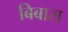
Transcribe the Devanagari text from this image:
बिबास